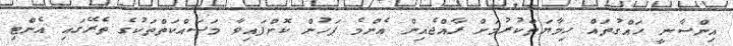
އިންސާނީ ހައްގުތައް ހިމާޔަތްކުރުމަށް ރާއްޖެއިން އެންމެ ފަހުން ކޮށްފައިވާ މަސައްކަތްތަކުގެ ތެރޭގައި އެންޓި